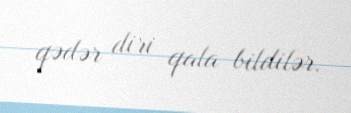
qədər diri qala bildilər.